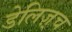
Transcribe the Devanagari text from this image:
डेलिज़्च